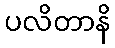
ပလိတာနိ